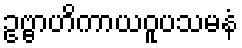
ဥဗ္ဗာဟိကာယဝူပသမနံ